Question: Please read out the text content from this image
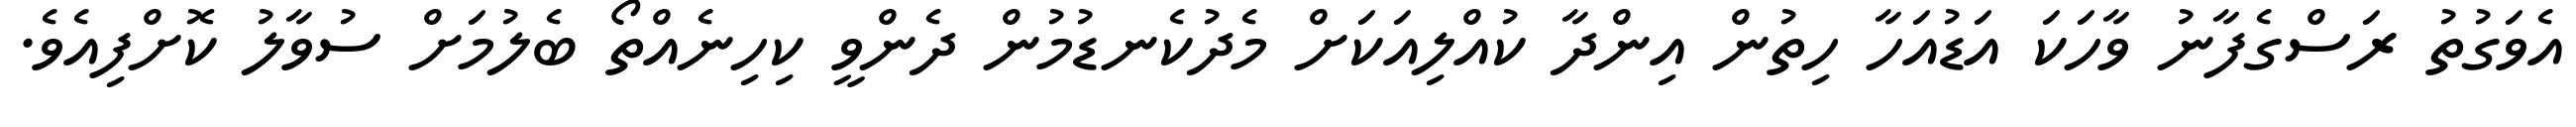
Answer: އެވަގުތު ރަސްގެފާނު ވާހަކަ އަޑުއަހާ ހިތުން އިންދާ ކުއްލިއަކަށް މެދުކެނޑުމުން ދެންވީ ކިހިނެއްތޯ ބެލުމަށް ސުވާލު ކޮށްފިއެވެ.